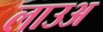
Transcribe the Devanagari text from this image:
लाउअ